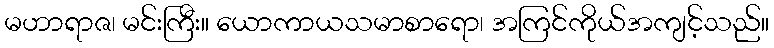
မဟာရာဇ၊ မင်းကြီး။ ယောကာယသမာစာရော၊ အကြင်ကိုယ်အကျင့်သည်။